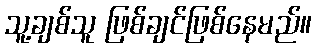
သူ့ချစ်သူ ဖြစ်ချင်ဖြစ်နေမည်။